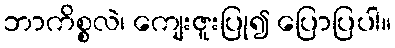
ဘာကိစ္စလဲ၊ ကျေးဇူးပြု၍ ပြောပြပါ။